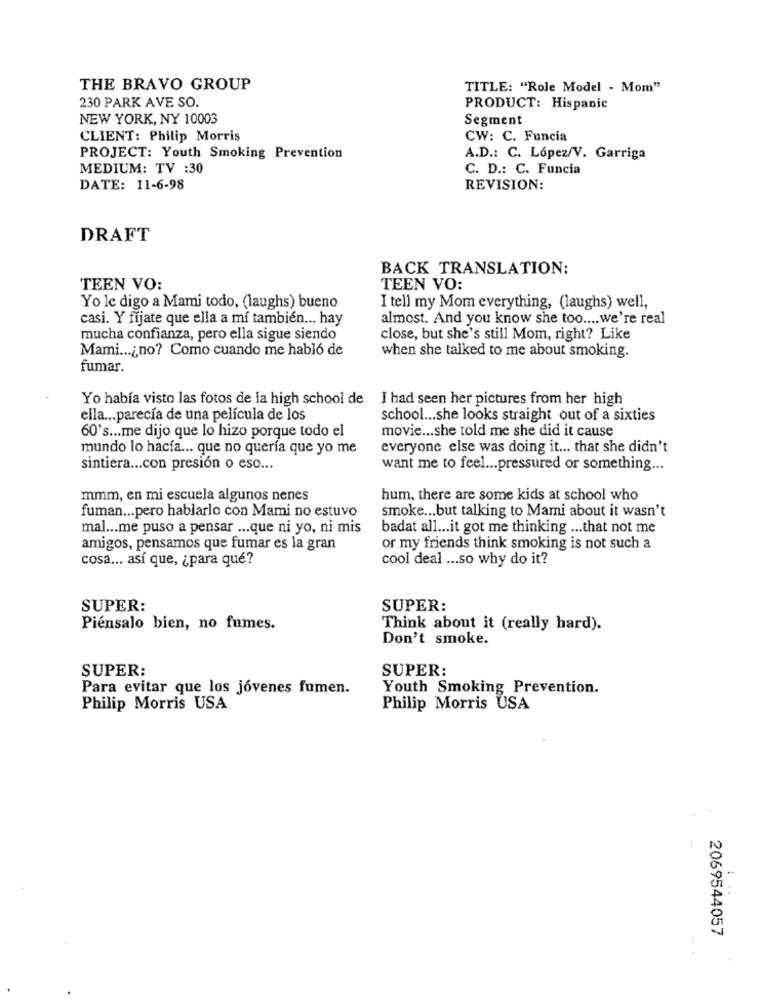
THE BRAVO GROUP
TITLE: "Role Model - Mom"
230 PARK AVE SO.
PRODUCT: Hispanic
NEW YORK, NY 10003
Segment
CLIENT: Philip Morris
CW: C. Funcia
PROJECT: Youth Smoking Prevention
A.D .: C. López/V. Garriga
MEDIUM: TV :30
C. D .: C. Funcia
DATE: 11-6-98
REVISION:
DRAFT
BACK TRANSLATION:
TEEN VO:
TEEN VO:
Yo le digo a Mami todo, (laughs) bueno
I tell my Mom everything, (laughs) well,
casi. Y fíjate que ella a mí también ... hay
almost. And you know she too .... we're real
mucha confianza, pero ella sigue siendo
close, but she's still Mom, right? Like
Mami ...¿ no? Como cuando me habló de
when she talked to me about smoking.
fumar.
Yo había visto las fotos de la high school de I had seen her pictures from her high
ella ... parecía de una película de los
school ... she looks straight out of a sixties
60's ... me dijo que lo hizo porque todo el
movie ... she told me she did it cause
mundo lo hacía ... que no quería que yo me
everyone else was doing it ... that she didn't
sintiera ... con presión o eso ...
want me to feel ... pressured or something ...
mmm, en mi escuela algunos nenes
hum, there are some kids at school who
smoke ... but talking to Mami about it wasn't
fuman ... pero hablarlo con Mami no estuvo
mal ... me puso a pensar ... que ni yo, ni mis
badat all ... it got me thinking ... that not me
amigos, pensamos que fumar es la gran
or my friends think smoking is not such a
cosa ... así que, ¿ para qué?
cool deal ... so why do it?
SUPER:
SUPER:
Piénsalo bien, no fumes.
Think about it (really hard).
Don't smoke.
SUPER:
SUPER:
Para evitar que los jóvenes fumen.
Youth Smoking Prevention.
Philip Morris USA
Philip Morris USA
:
2069544057